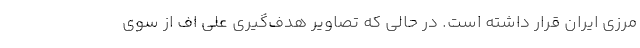
مرزی ایران قرار داشته است. در حالی که تصاویر هدف‌گیری علی اف از سوی